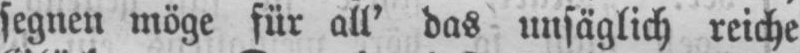
segnen möge für all’ das unsäglich reiche